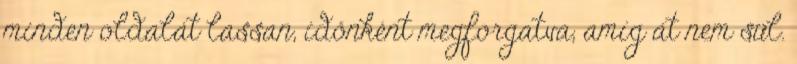
minden oldalát lassan, időnként megforgatva, amíg át nem sül.